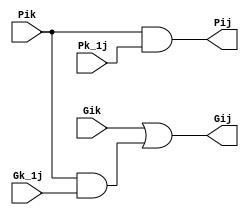
module BlackCell(
	input Gik,
	input Pik,
	input Gk_1j,
	input Pk_1j,
	output Gij,
	output Pij
    );
	 
wire net1;

and #0.1 (net1,Pik,Gk_1j);
or #0.1 (Gij,Gik,net1);		// output Gij generated here

and #0.1 (Pij,Pik,Pk_1j);		// output Pij generated

endmodule